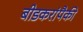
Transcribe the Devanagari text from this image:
बीडकरांपैकी